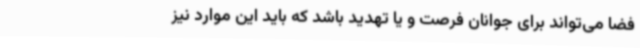
فضا می‌تواند برای جوانان فرصت و یا تهدید باشد که باید این موارد نیز